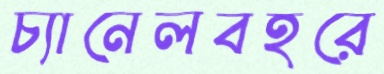
চ্যানেলবহরে